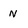
Character: N